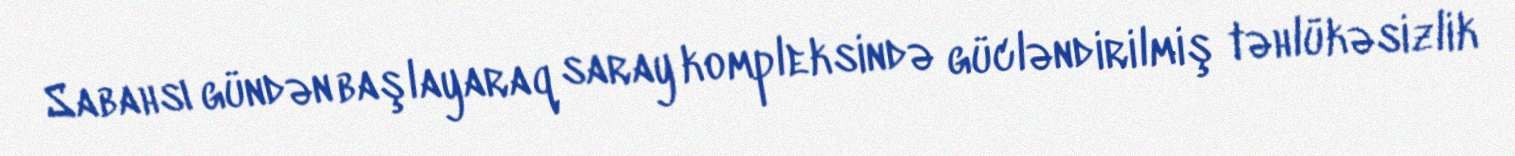
Sabahsı gündən başlayaraq saray kompleksində gücləndirilmiş təhlükəsizlik